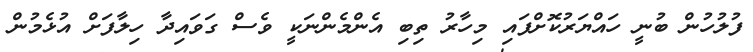
ފުލުހުން ބުނީ ހައްޔަރުކޮށްފައި މިހާރު ތިބި އެންމެންނަކީ ވެސް ގަވައިދާ ހިލާފަށް އުޅެމުން